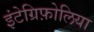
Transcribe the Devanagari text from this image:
इंटेग्रिफ़ोलिया